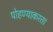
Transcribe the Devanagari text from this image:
पोहण्याकरता